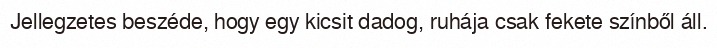
Jellegzetes beszéde, hogy egy kicsit dadog, ruhája csak fekete színből áll.